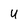
Character: U